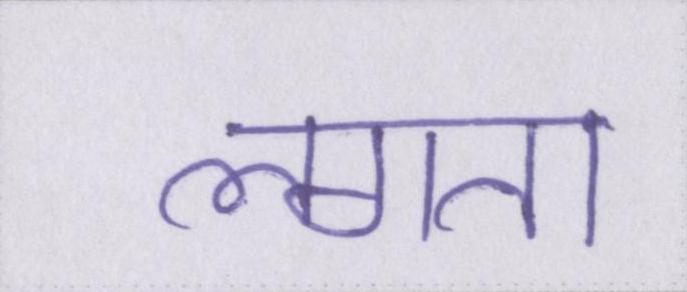
लगता